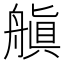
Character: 𬜘